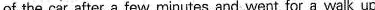
of the car after a few minutes and went for a walk up